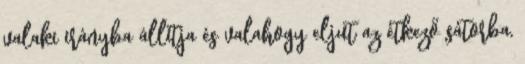
valaki irányba állítja és valahogy eljut az étkező sátorba,